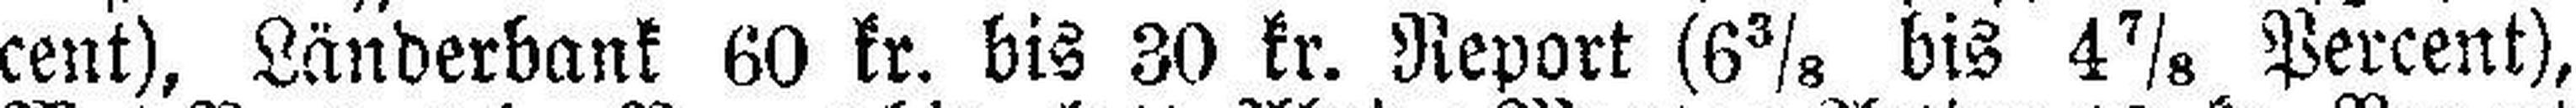
cent), Länderbank 60 kr. bis 30 kr. Report (6⅜ bis 4⅞ Percent),